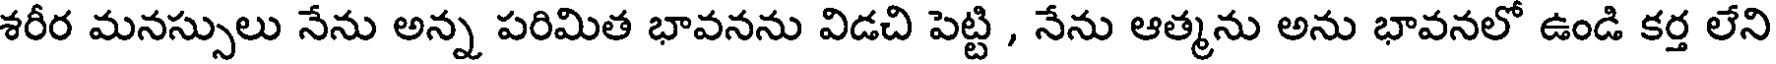
శరీర మనస్సులు నేను అన్న పరిమిత భావనను విడచి పెట్టి , నేను ఆత్మను అను భావనలో ఉండి కర్త లేని